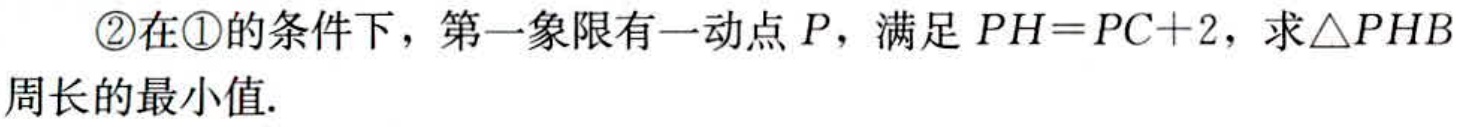
\textcircled{2}在\textcircled{1}的条件下，第一象限有一动点\(P\)，满足\(PH = PC + 2\)，求\(\triangle PHB\)周长的最小值.